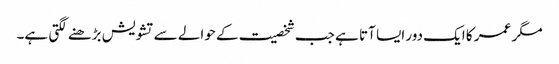
مگر عمر کا ایک دور ایسا آتا ہے جب شخصیت کے حوالے سے تشویش بڑھنے لگتی ہے۔